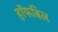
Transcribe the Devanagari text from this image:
हॉफबिल